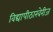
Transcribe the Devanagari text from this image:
विद्यापीठाखेरीज